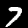
Label: 7